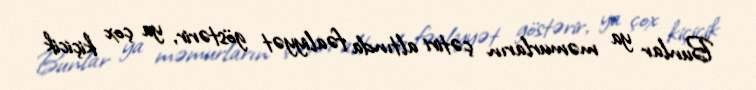
Bunlar ya məmurların çətiri altında fəaliyyət göstərir, ya çox kiçicik